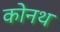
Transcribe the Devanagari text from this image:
कोनथ